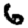
Digit: 6